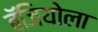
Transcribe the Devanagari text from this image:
बॅजियोला